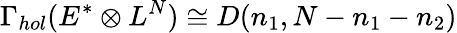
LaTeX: \Gamma_{hol}(E^{*}\otimes L^{N})\cong D(n_{1},N-n_{1}-n_{2})